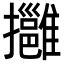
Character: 𢹬